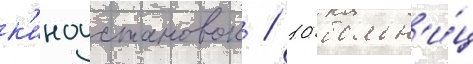
к'иноустановок / 10 больн'и́ц